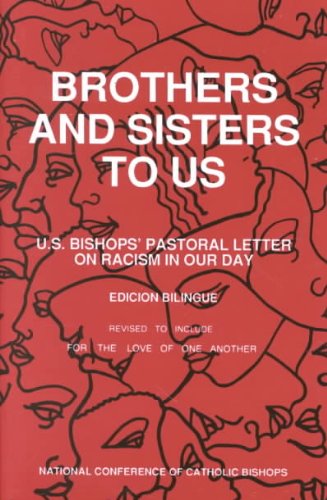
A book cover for Brothers and Sisters to Us; Teen & Young Adult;